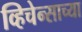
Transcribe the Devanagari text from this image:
व्हिचेन्साच्या